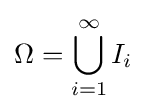
\Omega =\bigcup _{i=1}^{\infty }I_{i}